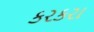
કરકરા